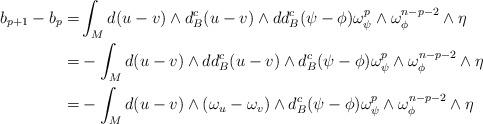
LaTeX: \begin{align*}b_{p+1}-b_p=& \int_M d(u-v)\wedge d^c_B(u-v)\wedge dd^c_B (\psi-\phi)\omega^p_\psi\wedge \omega^{n-p-2}_\phi\wedge \eta\\=&-\int_M d(u-v)\wedge dd^c_B(u-v)\wedge d^c_B (\psi-\phi)\omega^p_\psi\wedge \omega^{n-p-2}_\phi\wedge \eta\\=&-\int_M d(u-v)\wedge (\omega_u-\omega_v)\wedge d^c_B (\psi-\phi)\omega^p_\psi\wedge \omega^{n-p-2}_\phi\wedge \eta\end{align*}